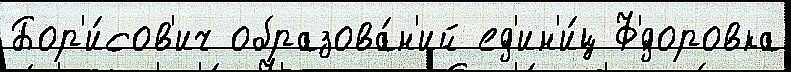
Бор'и́сов'ич образова́н'ий ед'ин'и́ц Ф'́доровка